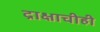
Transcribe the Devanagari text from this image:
द्राक्षाचीही